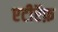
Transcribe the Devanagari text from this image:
एटीऍफ़